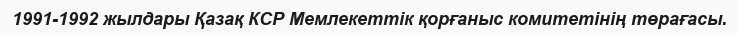
1991-1992 жылдары Қазақ КСР Мемлекеттік қорғаныс комитетінің төрағасы.